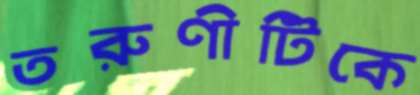
তরুণীটিকে